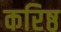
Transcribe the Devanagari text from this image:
करिष्ठ